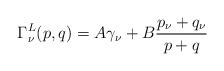
LaTeX: \begin{align*}\Gamma^L_\nu(p,q) = A\gamma_\nu + B \frac{p_\nu+q_\nu}{p+q}\end{align*}